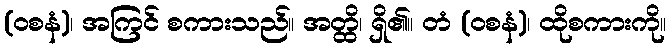
(ဝစနံ)၊ အကြင် စကားသည်။ အတ္ထိ၊ ရှိ၏။ တံ (ဝစနံ)၊ ထိုစကားကို။